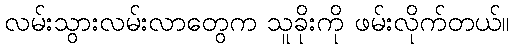
လမ်းသွားလမ်းလာတွေက သူခိုးကို ဖမ်းလိုက်တယ်။